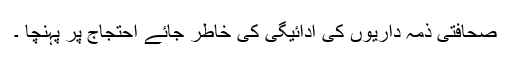
صحافتی ذمہ داریوں کی ادائیگی کی خاطر جائے احتجاج پر پہنچا ۔